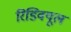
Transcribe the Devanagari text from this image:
रिडिवयूल